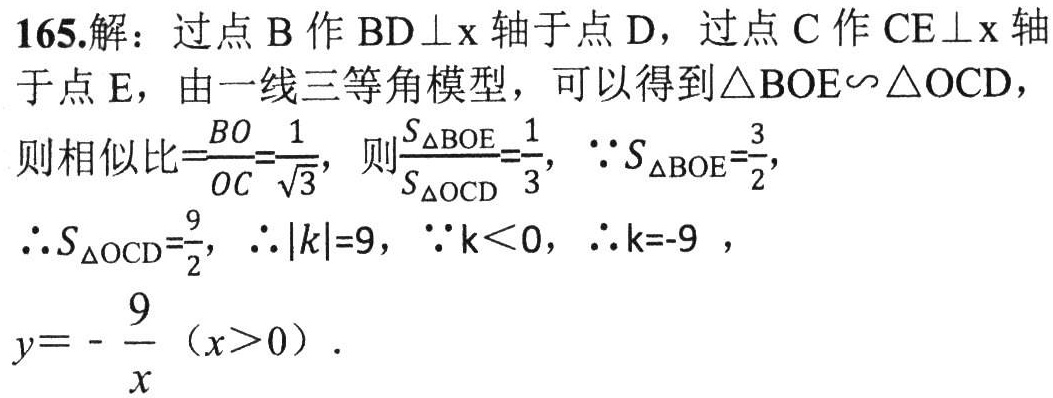
165.解：过点\(B\)作\(BD\perp x\)轴于点\(D\)，过点\(C\)作\(CE\perp x\)轴于点\(E\)，由一线三等角模型，可以得到\(\triangle BOE\sim\triangle OCD\)，

则相似比\(=\frac{BO}{OC}=\frac{1}{\sqrt{3}}\)，则\(\frac{S_{\triangle BOE}}{S_{\triangle OCD}}=\frac{1}{3}\)，\(\because S_{\triangle BOE}=\frac{3}{2}\)，

\(\therefore S_{\triangle OCD}=\frac{9}{2}\)，\(\therefore |k| = 9\)，\(\because k<0\)，\(\therefore k = - 9\) ，

\(y=-\frac{9}{x}(x > 0)\)．